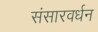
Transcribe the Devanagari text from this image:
संसारवर्धन